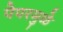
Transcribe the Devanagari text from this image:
पेपरमुळे